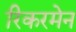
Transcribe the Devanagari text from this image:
रिकरमेन